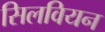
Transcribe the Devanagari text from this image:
सिलवियन